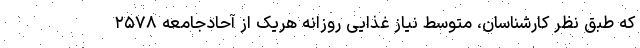
که طبق نظر کارشناسان، متوسط نیاز غذایی روزانه هریک از آحادجامعه ۲۵۷۸